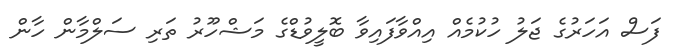
ފަސް އަހަރުގެ ޖަލު ހުކުމެއް އިއްވާފައިވާ ބޮލީވުޑްގެ މަޝްހޫރު ތަރި ސަލްމާން ހާން